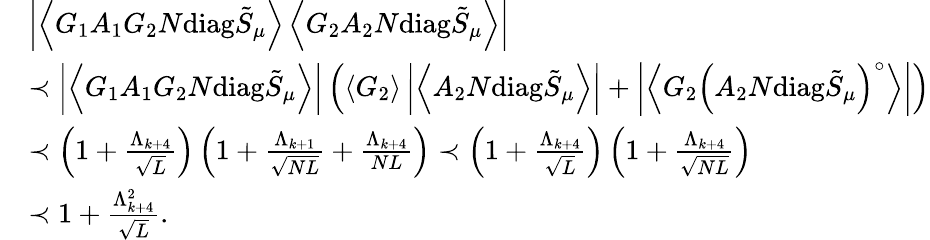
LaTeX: \begin{array}{rl}&{\left|\left\langle{G_{1}A_{1}G_{2}N\mathrm{diag}\tilde{S}_{\mu}}\right\rangle\left\langle{G_{2}A_{2}N\mathrm{diag}\tilde{S}_{\mu}}\right\rangle\right|}\\ &{\prec\left|\left\langle{G_{1}A_{1}G_{2}N\mathrm{diag}\tilde{S}_{\mu}}\right\rangle\right|\left(\left\langle{G_{2}}\right\rangle\left|\left\langle{A_{2}N\mathrm{diag}\tilde{S}_{\mu}}\right\rangle\right|+\left|\left\langle{G_{2}\left(A_{2}N\mathrm{diag}\tilde{S}_{\mu}\right)^{\circ}}\right\rangle\right|\right)}\\ &{\prec\left(1+\frac{\Lambda_{k+4}}{\sqrt{L}}\right)\left(1+\frac{\Lambda_{k+1}}{\sqrt{NL}}+\frac{\Lambda_{k+4}}{NL}\right)\prec\left(1+\frac{\Lambda_{k+4}}{\sqrt{L}}\right)\left(1+\frac{\Lambda_{k+4}}{\sqrt{NL}}\right)}\\ &{\prec 1+\frac{\Lambda_{k+4}^{2}}{\sqrt{L}}.}\end{array}